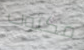
مكتوب